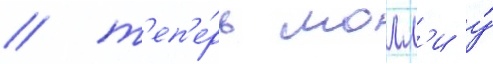
/ т'еп'е́рь молл'и у́